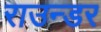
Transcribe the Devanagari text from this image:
राउन्डर